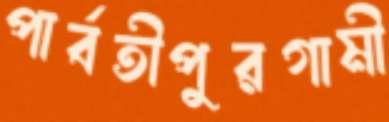
পার্বতীপুরগামী